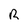
Character: R